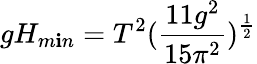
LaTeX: gH_{m\mathbf{i}n}=T^{2}(\frac{{11g^{2}}}{{15\pi^{2}}})^{\frac{{1}}{{2}}}